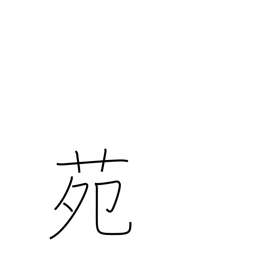
Meaning: park